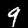
Label: 9